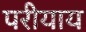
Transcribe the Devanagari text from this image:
परीयाय